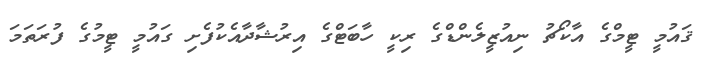
ޤައުމީ ޓީމްގެ އާކޯޗު ނިއުޒީލެންޑްގެ ރިކީ ހާބަޓްގެ އިރުޝާދާއެކުފެށި ގައުމީ ޓީމުގެ ފުރަތަމަ